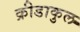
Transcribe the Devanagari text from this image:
क्रीडाकुल